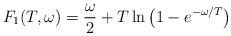
LaTeX: \begin{align*}F_1(T,\omega)=\frac{\omega}{2} +T\ln\left (1-e^{-\omega/T}\right)\end{align*}